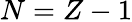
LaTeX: N=Z-1